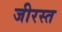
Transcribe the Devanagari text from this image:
जीरस्त